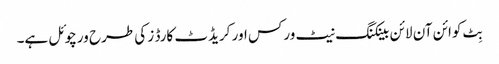
بِٹ کوائن آن لائن بینکنگ نیٹ ورکس اور کریڈٹ کارڈ ز کی طرح ورچوئل ہے۔